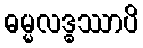
ဓမ္မလဒ္ဓဿာပိ